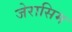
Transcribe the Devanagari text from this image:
जेरासिम